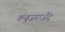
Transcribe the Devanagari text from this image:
कंबुजराजेंद्र